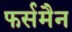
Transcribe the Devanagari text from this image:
फर्समैन